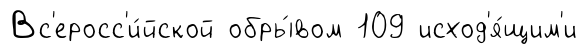
Вс'еросс'и́йской обры́вом 109 исход'я́щим'и